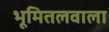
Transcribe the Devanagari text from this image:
भूमितलवाला